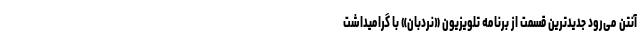
آنتن می‌رود جدیدترین قسمت از برنامه تلویزیون «نردبان» با گرامیداشت